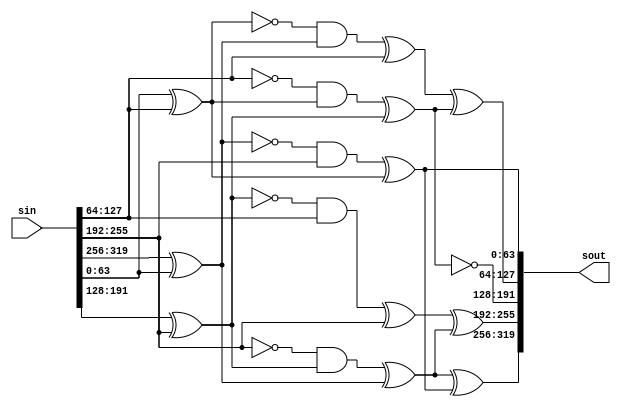
`timescale 1ns / 1ps
//////////////////////////////////////////////////////////////////////////////////
// Company: 
// Engineer: 
// 
// Design Name: 
// Module Name: PSsubstitutionlayer
// Project Name: 
// Target Devices: 
// Tool Versions: 
// Description: 
// 
// Dependencies: 
// 
// Revision:
// Revision 0.01 - File Created
// Additional Comments:
// 
//////////////////////////////////////////////////////////////////////////////////


module PSsubstitutionlayer(sin,sout

    );
    input [319:0]sin;output [319:0]sout;
    wire [63:0]x0,x1,x2,x3,x4;
    wire [63:0]a0,a1,a2,a3,a4;
    wire [63:0]t0,t1,t2,t3,t4;
    wire [63:0]b0,b1,b2,b3,b4;
    wire [63:0]c0,c1,c2,c3,c4;
    wire [63:0]d0,d1,d2,d3,d4;
    assign x0=sin[319:256],x1=sin[255:192],x2=sin[191:128],x3=sin[127:64],x4=sin[63:0];
    assign a0=x0^x4,a4=x4^x3,a2=x2^x1,a1=x1,a3=x3;
    assign t0=~a0,t1=~a1,t2=~a2,t3=~a3,t4=~a4;
    assign b0=t0&a1,b1=t1&a2,b2=t2&a3,b3=t3&a4,b4=t4&a0;
    assign c0=b1^a0,c1=b2^a1,c2=b3^a2,c3=b4^a3,c4=b0^a4;
    assign d0=c0^c4,d1=c1^c0,d2=~c2,d3=c3^c2,d4=c4;
    assign sout={d0,d1,d2,d3,d4};
    
   
    
endmodule